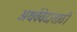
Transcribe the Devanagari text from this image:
अथर्ववेदासाठी